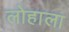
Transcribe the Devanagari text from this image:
लोहाला